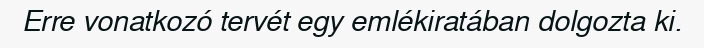
Erre vonatkozó tervét egy emlékiratában dolgozta ki.